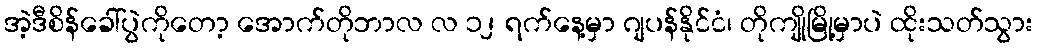
အဲ့ဒီစိန်ခေါ်ပွဲကိုတော့ အောက်တိုဘာလ လ ၁၂ ရက်နေ့မှာ ဂျပန်နိုင်ငံ၊ တိုကျိုမြို့မှာပဲ ထိုးသတ်သွား